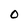
Character: O